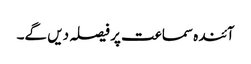
آئندہ سماعت پر فیصلہ دیں گے۔